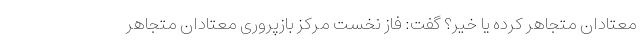
معتادان متجاهر کرده یا خیر؟ گفت: فاز نخست مرکز بازپروری معتادان متجاهر